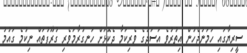
ސީރިޔާގައި ހަމަނުޖެހުން އިތުރުވެ އަސަދުގެ ވެރިކަމާ ދެކޮޅަށް ހަނގުރާމަވެރި ގުރޫޕުތައް ނިކުމެ ގައުމު